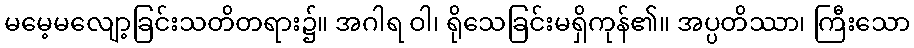
မမေ့မလျော့ခြင်းသတိတရား၌။ အဂါရ ဝါ၊ ရိုသေခြင်းမရှိကုန်၏။ အပ္ပတိဿာ၊ ကြီးသော